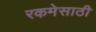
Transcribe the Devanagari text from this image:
रकमेसाठी